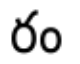
రం